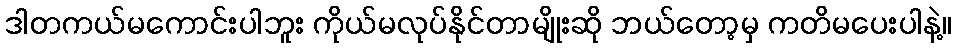
ဒါတကယ်မကောင်းပါဘူး ကိုယ်မလုပ်နိုင်တာမျိုးဆို ဘယ်တော့မှ ကတိမပေးပါနဲ့။